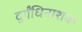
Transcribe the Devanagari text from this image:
दुर्गंधिनाशक